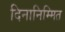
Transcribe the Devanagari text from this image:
दिनानिम्मित